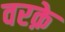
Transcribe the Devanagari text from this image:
वरक़े